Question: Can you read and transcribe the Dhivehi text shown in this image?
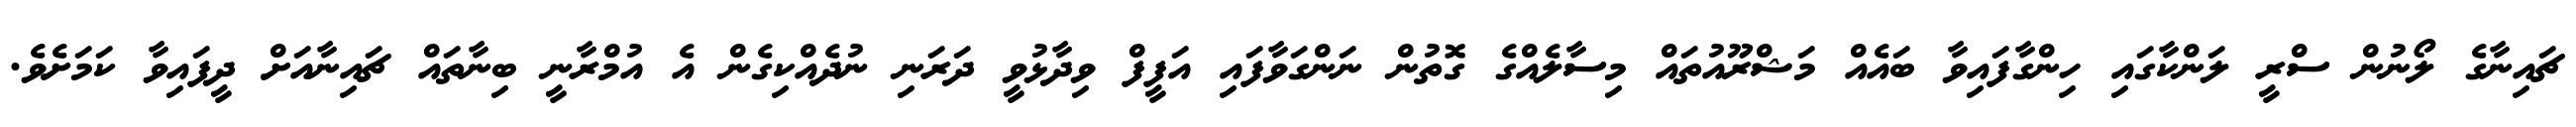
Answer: ޗައިނާގެ ލޯނުން ސްރީ ލަންކާގައި ހިންގާފައިވާ ބައެއް މަޝްރޫއުތައް މިސާލެއްގެ ގޮތުން ނަންގަވާފައި އަފީފް ވިދާޅުވީ ދަރަނި ނުދެއްކިގެން އެ އުމްރާނީ ބިނާތައް ޗައިނާއަށް ދީފައިވާ ކަމަށެވެ.